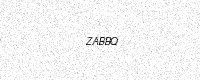
Text: ZABBQ